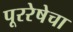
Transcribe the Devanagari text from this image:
पूररेषेचा